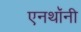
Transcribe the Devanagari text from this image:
एनथॉनी